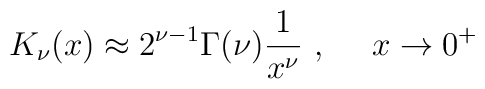
K_\nu(x)\approx 2^{\nu-1}\Gamma(\nu)\frac{1}{x^\nu}~, ~~~~x\to 0^+